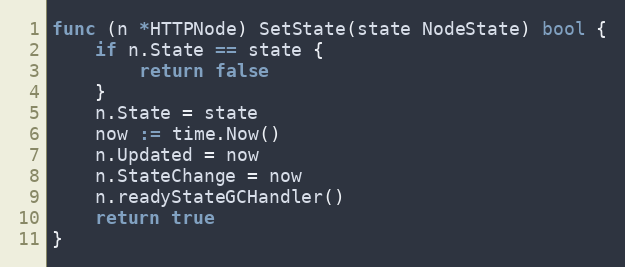
Language: Go
func (n *HTTPNode) SetState(state NodeState) bool {
	if n.State == state {
		return false
	}
	n.State = state
	now := time.Now()
	n.Updated = now
	n.StateChange = now
	n.readyStateGCHandler()
	return true
}